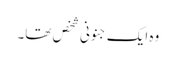
وہ ایک جنونی شخص تھا۔